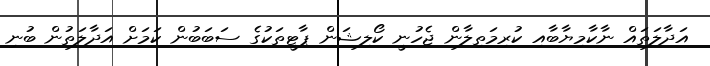
އަދާލަތައް ނާކާމިޔާބާއި ކުރިމަތިލާން ޖެހުނީ ކޯލިޝަން ޕާޓީތަކުގެ ސަބަބުން ކަމަށް އަދާލަތުން ބުނި